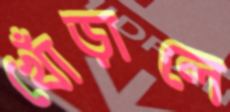
খোঁড়ালে